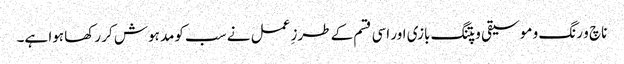
ناچ و رنگ و موسیقی و پتنگ بازی اور اسی قسم کے طرزِ عمل نے سب کومد ہوش کر رکھا ہوا ہے۔